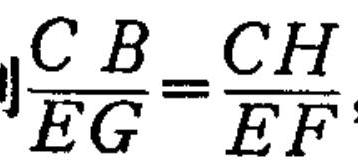
$\frac{CB}{EG}=\frac{CH}{EF}$